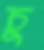
চু